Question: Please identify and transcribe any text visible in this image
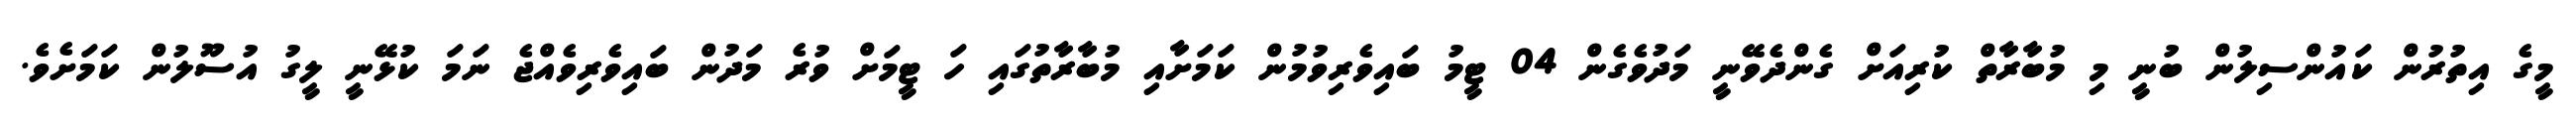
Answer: މީގެ އިތުރުން ކައުންސިލުން ބުނީ މި މުބާރާތް ކުރިއަށް ގެންދެވޭނީ މަދުވެގެން 04 ޓީމު ބައިވެރިވުމުން ކަމަށާއި މުބާރާތުގައި ހަ ޓީމަށް ވުރެ މަދުން ބައިވެރިވެއްޖެ ނަމަ ކުޅޭނީ ލީގު އުސޫލުން ކަމަށެވެ.